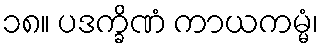
၁၈။ ပဒက္ခိဏံ ကာယကမ္မံ၊